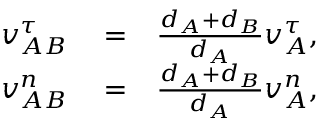
\begin{array} { r l r } { v _ { A B } ^ { \tau } } & { { } = } & { \frac { d _ { A } + d _ { B } } { d _ { A } } v _ { A } ^ { \tau } , } \\ { v _ { A B } ^ { n } } & { { } = } & { \frac { d _ { A } + d _ { B } } { d _ { A } } v _ { A } ^ { n } , } \end{array}